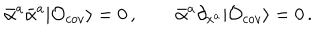
\bar { \alpha } ^ { a } \bar { \alpha } ^ { a } | { \cal O } _ { c o v } \rangle = 0 \, , \qquad \bar { \alpha } ^ { a } \partial _ { x ^ { a } } | { \cal O } _ { c o v } \rangle = 0 \, .